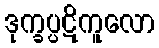
ဒုက္ခပ္ပဋိကူလော